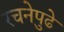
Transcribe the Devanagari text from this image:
रचनेपुढे